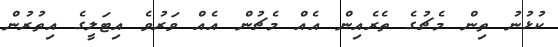
ކުޅުނު ތިން މެޗުގެ ތެރެއިން އެއް މެޗުން އެއް ވަރުވެ އިޓަލީގެ އިތުރުން